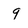
Character: 9